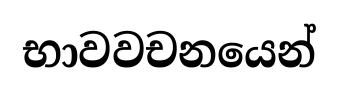
භාවවචනයෙන්